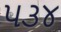
૫૩૪